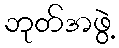
ဘုတ်အဖွဲ့